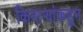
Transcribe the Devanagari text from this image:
किनाऱ्यांकडून